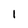
Character: 1